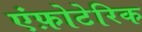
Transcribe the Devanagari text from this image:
एंफ़ोटेरिक